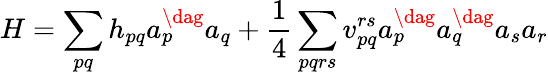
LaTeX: H=\sum_{pq}h_{pq}a_{p}^{\dag}a_{q}+\frac{1}{4}\sum_{pqrs}v_{pq}^{rs}a_{p}^{\dag}a_{q}^{\dag}a_{s}a_{r}